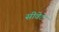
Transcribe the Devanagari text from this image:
सीवेट